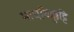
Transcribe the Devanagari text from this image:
माधविक्कुट्टि